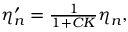
\begin{array} { r } { \eta _ { n } ^ { \prime } = \frac { 1 } { 1 + C { \cal K } } \eta _ { n } , } \end{array}